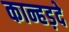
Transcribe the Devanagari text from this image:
कान्हड़दे